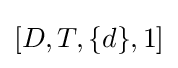
[D,T,\{d\},1]